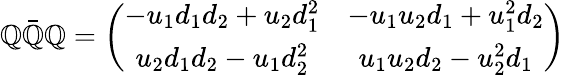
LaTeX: \mathbb{Q}\bar{{\mathbb{Q}}}\mathbb{Q}=\left(\begin{array}{cc}{{-u_{1}d_{1}d_{2}+u_{2}d_{1}^{2}}}&{{-u_{1}u_{2}d_{1}+u_{1}^{2}d_{2}}}\\ {{u_{2}d_{1}d_{2}-u_{1}d_{2}^{2}}}&{{u_{1}u_{2}d_{2}-u_{2}^{2}d_{1}}}\end{array}\right)